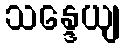
သန္ဒေယျ